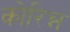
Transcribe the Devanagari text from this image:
कोरिन्न